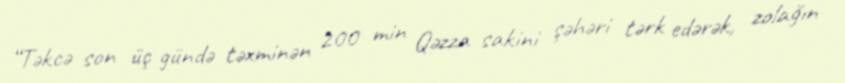
“Təkcə son üç gündə təxminən 200 min Qəzza sakini şəhəri tərk edərək, zolağın